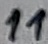
Text: 11